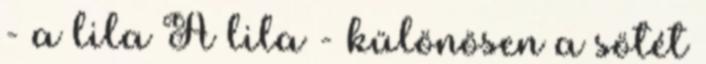
- a lila A lila - különösen a sötét